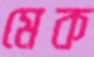
মেক